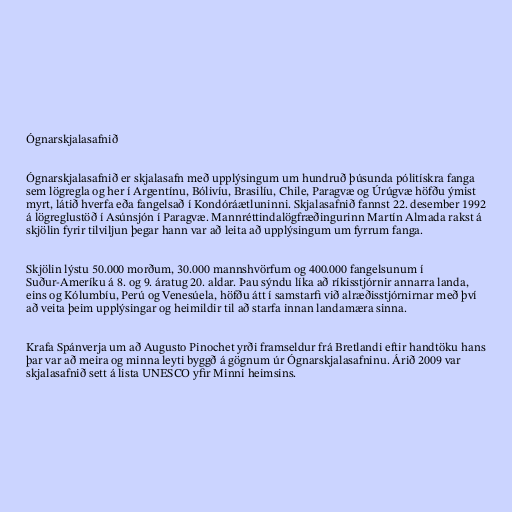
Ógnarskjalasafnið

Ógnarskjalasafnið er skjalasafn með upplýsingum um hundruð þúsunda pólitískra fanga
sem lögregla og her í Argentínu, Bólivíu, Brasilíu, Chile, Paragvæ og Úrúgvæ höfðu ýmist
myrt, látið hverfa eða fangelsað í Kondóráætluninni. Skjalasafnið fannst 22. desember 1992
á lögreglustöð í Asúnsjón í Paragvæ. Mannréttindalögfræðingurinn Martín Almada rakst á
skjölin fyrir tilviljun þegar hann var að leita að upplýsingum um fyrrum fanga.

Skjölin lýstu 50.000 morðum, 30.000 mannshvörfum og 400.000 fangelsunum í
Suður-Ameríku á 8. og 9. áratug 20. aldar. Þau sýndu líka að ríkisstjórnir annarra landa,
eins og Kólumbíu, Perú og Venesúela, höfðu átt í samstarfi við alræðisstjórnirnar með því
að veita þeim upplýsingar og heimildir til að starfa innan landamæra sinna.

Krafa Spánverja um að Augusto Pinochet yrði framseldur frá Bretlandi eftir handtöku hans
þar var að meira og minna leyti byggð á gögnum úr Ógnarskjalasafninu. Árið 2009 var
skjalasafnið sett á lista UNESCO yfir Minni heimsins.